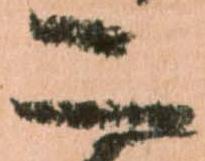
二